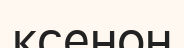
ксенон